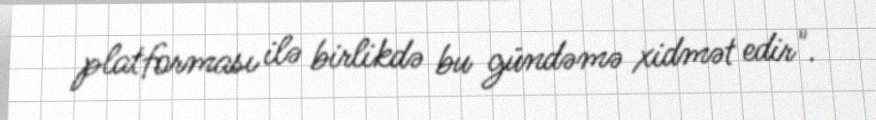
platforması ilə birlikdə bu gündəmə xidmət edir".